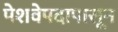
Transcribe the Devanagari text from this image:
पेशवेपदापासून